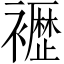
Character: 𫌕